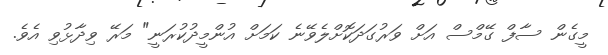
މީގެން ސާފް ގޭމްސް އަށް ވަރުގަދަކޮށްލެވޭނެ ކަމަށް އުންމީދުކުރަނީ" މަރޭ ވިދާޅުވި އެވެ.